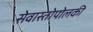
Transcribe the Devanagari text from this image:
सेवास्तोपोलकी